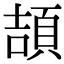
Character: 頡